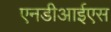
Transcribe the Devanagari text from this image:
एनडीआईएस